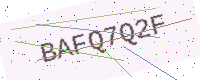
Text: BAFQ7Q2F